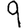
Digit: 9